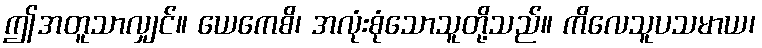
ဤအတူသာလျှင်။ ယေကေစိ၊ အလုံးစုံသောသူတို့သည်။ ကိလေသူပသမာယ၊